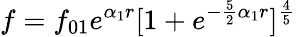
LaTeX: f=f_{01}e^{\alpha_{1}r}[1+e^{-\frac{5}{2}{\alpha_{1}}r}]^{\frac{4}{5}}